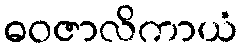
ဓဝဇာလိကာယံ